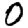
Digit: 0